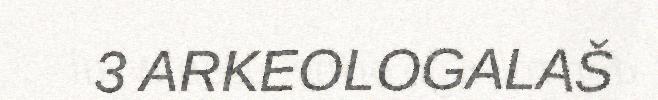
3 ARKEOLOGALAŠ